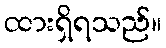
ထားရှိရသည်။